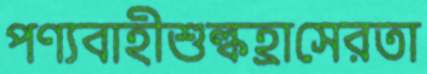
পণ্যবাহীশুল্কহ্রাসেরতা